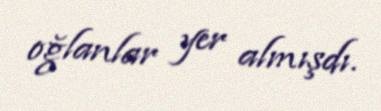
oğlanlar yer almışdı.